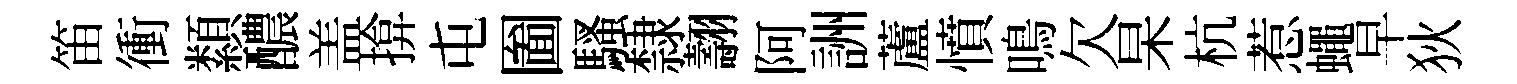
笛衝纇醲盖揜屯圗騷隸翿阿詶蘆憤鳴欠杲杭惹蠅早狄